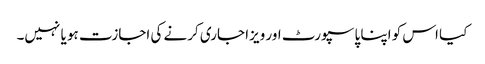
کیا اس کو اپنا پاسپورٹ اور ویزا جاری کرنے کی اجازت ہو یا نہیں۔